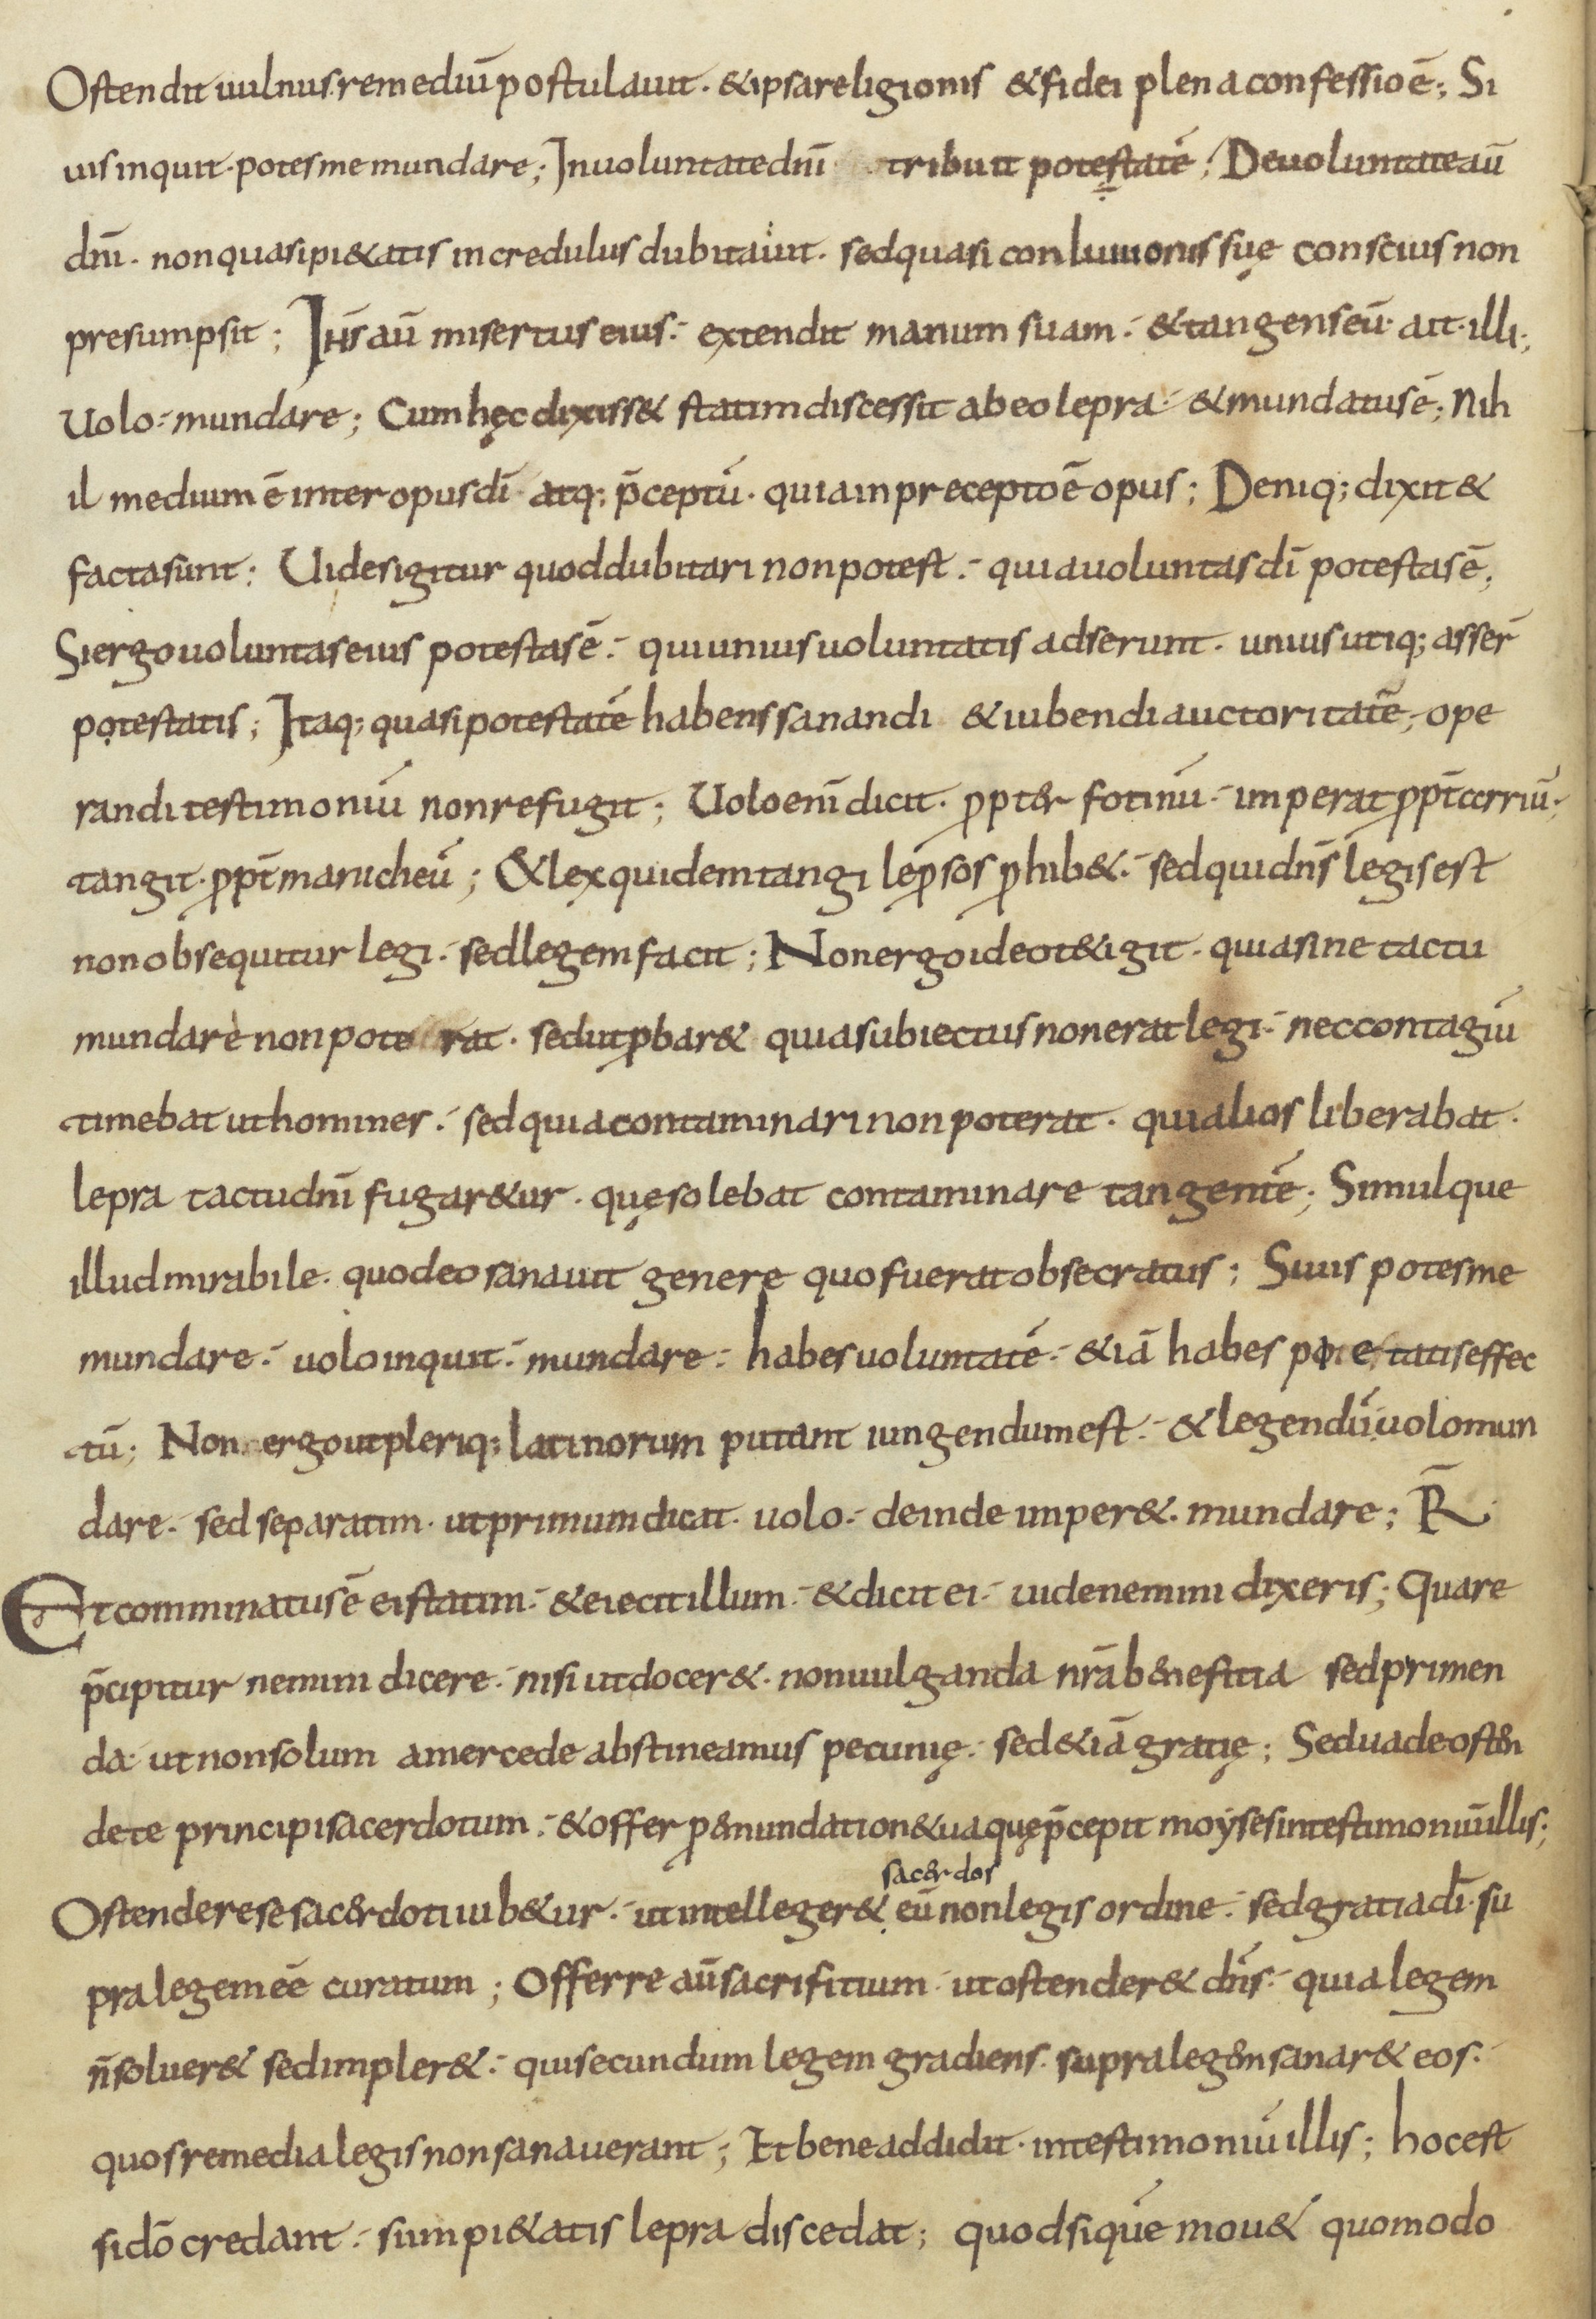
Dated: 800–899